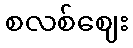
စလစ်ဈေး